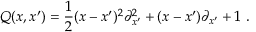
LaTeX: Q ( x , x ^ { \prime } ) = \frac { 1 } { 2 } ( x - x ^ { \prime } ) ^ { 2 } { \partial } _ { x ^ { \prime } } ^ { 2 } + ( x - x ^ { \prime } ) { \partial } _ { x ^ { \prime } } + 1 \ .